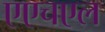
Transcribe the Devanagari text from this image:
एएचएल